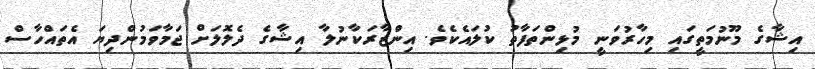
އިޝާގެ މޫނުމަތީގައި މިހާރުވަނީ މުޅިންތަފާތު ކުލައެކެވެ. އިންޒާރަކާނުލާ އިޝާގެ ދެލޮލަށް ޖަމާވަމުންދިޔަ އެތައްހާސް